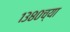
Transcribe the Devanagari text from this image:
१३८०च्या